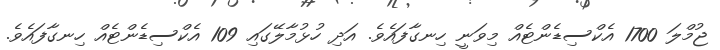
ޖުމްލަ 1700 އެކްސިޑެންޓެއް މިވަނީ ހިނގާފައެވެ. އަދި ހުޅުމާލޭގައި 109 އެކްސިޑެންޓެއް ހިނގާފައެވެ.